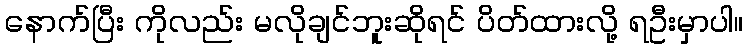
နောက်ပြီး ကိုလည်း မလိုချင်ဘူးဆိုရင် ပိတ်ထားလို့ ရဦးမှာပါ။